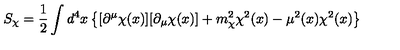
S _ { \chi } = \frac { 1 } { 2 } \int d ^ { 4 } x \left\{ [ \partial ^ { \mu } \chi ( x ) ] [ \partial _ { \mu } \chi ( x ) ] + m _ { \chi } ^ { 2 } \chi ^ { 2 } ( x ) - \mu ^ { 2 } ( x ) \chi ^ { 2 } ( x ) \right\}